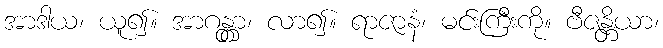
အာဒါယ၊ ယူ၍။ အာဂန္တွာ၊ လာ၍။ ရာဇာနံ၊ မင်းကြီးကို။ ဗီဇန္တိယာ၊